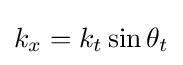
k_{x}=k_{t}\sin \theta _{t}